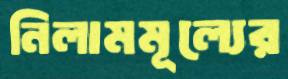
নিলামমূল্যের